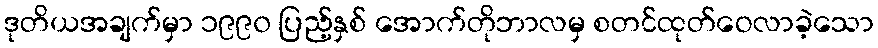
ဒုတိယအချက်မှာ ၁၉၉၀ ပြည့်နှစ် အောက်တိုဘာလမှ စတင်ထုတ်ဝေလာခဲ့သော